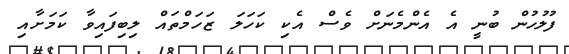
ފުލުހުން ބުނީ އެ އެންމެނަށް ވެސް އެކި ކަހަލަ ޒަހަމްތައް ލިބިފައިވާ ކަމަށާއި